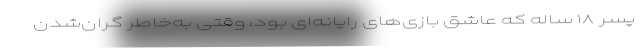
پسر ۱۸ ساله که عاشق بازی‌های رایانه‌ای بود، وقتی به‌خاطر گران‌شدن